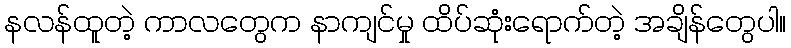
နလန်ထူတဲ့ ကာလတွေက နာကျင်မှု ထိပ်ဆုံးရောက်တဲ့ အချိန်တွေပါ။